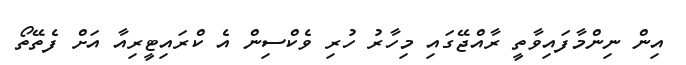
އިން ނިންމާފައިވާތީ ރާއްޖޭގައި މިހާރު ހުރި ވެކްސިން އެ ކްރައިޓީރިއާ އަށް ފެތޭތޯ